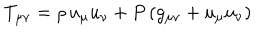
T _ { \mu \nu } = \rho \, u _ { \mu } u _ { \nu } + P \left( g _ { \mu \nu } + u _ { \mu } u _ { \nu } \right)